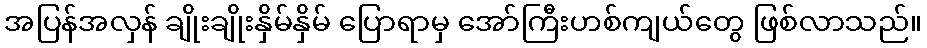
အပြန်အလှန် ချိုးချိုးနှိမ်နှိမ် ပြောရာမှ အော်ကြီးဟစ်ကျယ်တွေ ဖြစ်လာသည်။